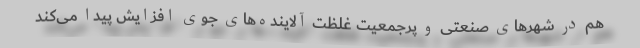
هم در شهر‌های صنعتی و پرجمعیت غلظت آلاینده‌های جوی افزایش پیدا می‌کند